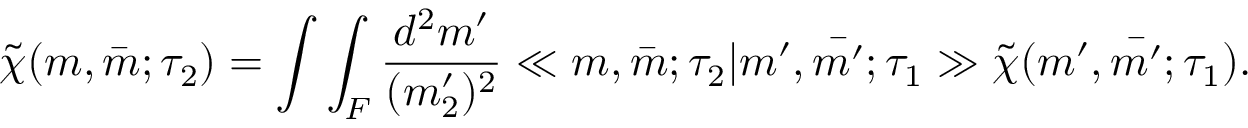
\tilde { \chi } ( m , \bar { m } ; \tau _ { 2 } ) = \int \int _ { F } \frac { d ^ { 2 } m ^ { \prime } } { ( m _ { 2 } ^ { \prime } ) ^ { 2 } } \ll m , \bar { m } ; \tau _ { 2 } | m ^ { \prime } , \bar { m ^ { \prime } } ; \tau _ { 1 } \gg \tilde { \chi } ( m ^ { \prime } , \bar { m ^ { \prime } } ; \tau _ { 1 } ) .